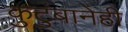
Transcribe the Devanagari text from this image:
कुटुंबानेही